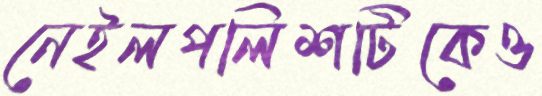
নেইলপলিশটিকেও